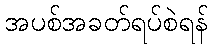
အပစ်အခတ်ရပ်စဲရန်